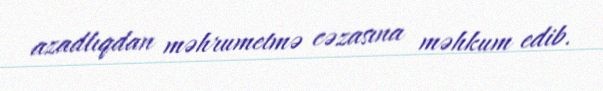
azadlıqdan məhrumetmə cəzasına məhkum edib.